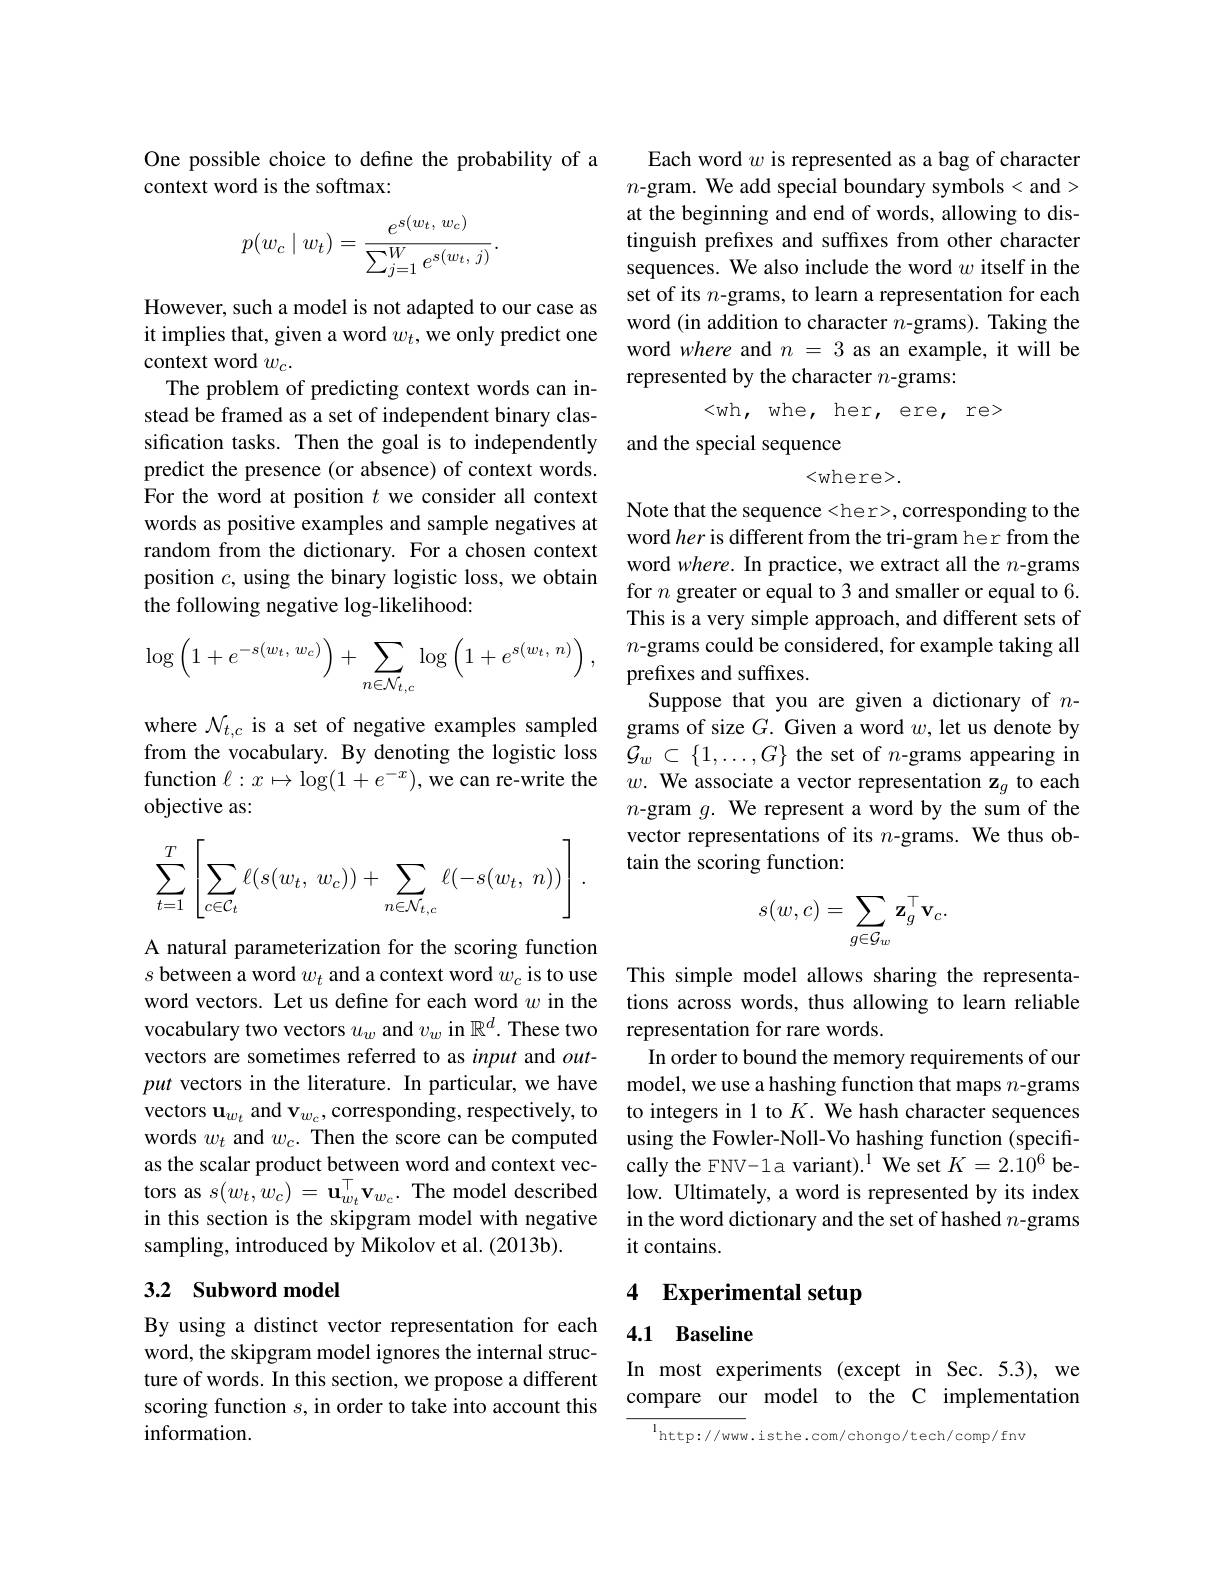
One possible choice to define the probability of a
context word is the softmax:
$$p(w_c\mid w_t)=\frac{e^{s(w_t,\:w_c)}}{\sum_{j=1}^{W}e^{s(w_t,\:j)}}.$$
However, such a model is not adapted to our case as it implies that, given a word $w_t$, we only predict one context word $w_c.$
The problem of predicting context words can instead be framed as a set of independent binary classification tasks. Then the goal is to independently predict the presence (or absence) of context words. For the word at position $t$ we consider all context words as positive examples and sample negatives at random from the dictionary. For a chosen context position $c$, using the binary logistic loss, we obtain the following negative log-likelihood:
$$\log\left(1+e^{-s(w_t,\:w_c)}\right)+\sum_{n\in\mathcal{N}_{t,c}}\log\left(1+e^{s(w_t,\:n)}\right),$$
where $\mathcal{N}_{t,c}$ is a set of negative examples sampled from the vocabulary. By denoting the logistic loss function $\ell:x\mapsto\log(1+e^{-x})$, we can re-write the objective as:
$$\sum_{t=1}^T\left[\sum_{c\in\mathcal{C}_t}\ell(s(w_t,\:w_c))+\sum_{n\in\mathcal{N}_{t,c}}\ell(-s(w_t,\:n))\right].$$
A natural parameterization for the scoring function $s$ between a word $w_t$ and a context word $w_c$ is to use word vectors. Let us define for each word $w$ in the vocabulary two vectors $u_w$ and $v_w$ in $\mathbb{R}^d.$ These two vectors are sometimes referred to as input and $out-$ put vectors in the literature. In particular, we have vectors $\mathbf{u}_w_t$ and v$_w_c$,corresponding, respectively, to words $w_t$ and $w_c.$ Then the score can be computed as the scalar product between word and context vectors as $s(w_{t},w_{c})=\mathbf{u}_{w_{t}}^{\top}\mathbf{v}_{w_{c}}.$ The model described in this section is the skipgram model with negative sampling, introduced by Mikolov et al. (2013b).

## 3.2 Subword model

By using a distinct vector representation for each word, the skipgram model ignores the internal structure of words. In this section, we propose a different scoring function $s$, in order to take into account this information.

Each word $w$ is represented as a bag of character $n\textbf{- gram. We add special boundary symbols}<$and> at the beginning and end of words, allowing to distinguish prefixes and suffixes from other character sequences. We also include the word $w$ itself in the set of its $n$-grams, to learn a representation for each word (in addition to character $n$-grams). Taking the word where and $n=3$ as an example, it will be represented by the character $n$-grams:
< wh, whe, her, ere, re>
and the special sequence
$<w$here>.

Note that the sequence <her>, corresponding to the word her is different from the tri-gram her from the word where. In practice, we extract all the $n$-grams for $n$ greater or equal to 3 and smaller or equal to 6. This is a very simple approach, and different sets of $n$-grams could be considered, for example taking all prefixes and suffixes.
Suppose that you are given a dictionary of $n$- grams of size $G.$ Given a word $w$, let us denote by $\mathcal{G}_w\subset\{1,\ldots,G\}$ the set of $n$-grams appearing in $w.$ We associate a vector representation z$_g$ to each $n{\mathrm{-gram~}}g.{\mathrm{~We~represent~a~word~by~the~sum~of~the}}$ vector representations of its $n$-grams. We thus obtain the scoring function:
$$s(w,c)=\sum_{g\in\mathcal{G}_w}\mathbf{z}_g^\top\mathbf{v}_c.$$
This simple model allows sharing the representations across words, thus allowing to learn reliable representation for rare words.
In order to bound the memory requirements of our model, we use a hashing function that maps $n$-grams to integers in l to $K.$ We hash character sequences using the Fowler-Noll-Vo hashing function (specifically the FNV-1a variant).$^{1}$ We set $K=2.10^6$ below. Ultimately, a word is represented by its index in the word dictionary and the set of hashed $n$-grams it contains.

## 4 Experimental setup

### 4.1 Baseline

In most experiments (except in Sec.5.3), we compare our model to the C implementation

$\mathrm{I}_{\mathrm{http://www.isthe.com/chongo/tech/comp/fnv}}$